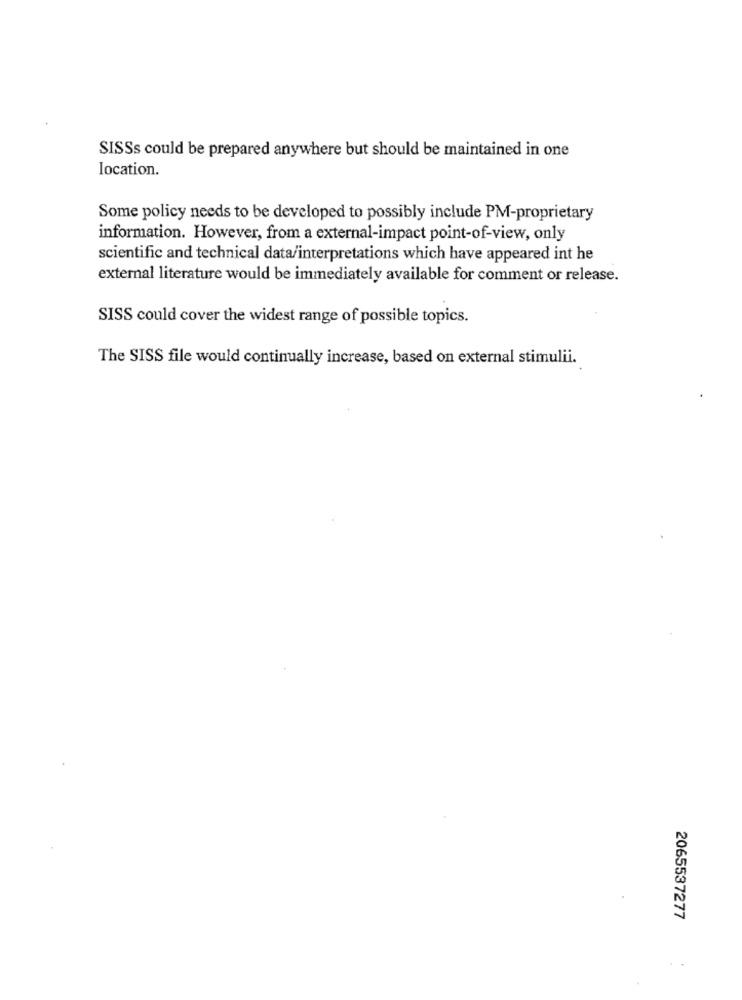
SISSs could be prepared anywhere but should be maintained in one
location.
Some policy needs to be developed to possibly include PM-proprietary
information. However, from a external-impact point-of-view, only
scientific and technical data/interpretations which have appeared int he
external literature would be immediately available for comment or release.
SISS could cover the widest range of possible topics.
The SISS file would continually increase, based on external stimulii.
2065537277
.